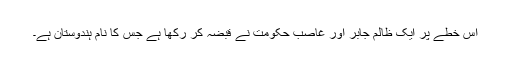
اس خطے پر ایک ظالم جابر اور غاصب حکومت نے قبضہ کر رکھا ہے جس کا نام ہندوستان ہے۔